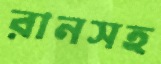
রানসহ